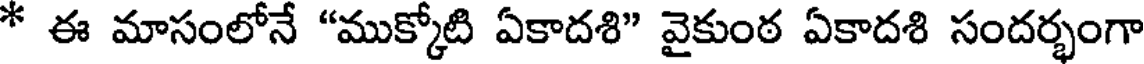
* ఈ మాసంలోనే "ముక్కోటి ఏకాదశి" వైకుంఠ ఏకాదశి సందర్భంగా